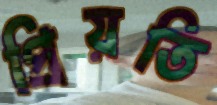
প্রিয়তি